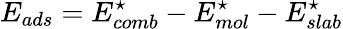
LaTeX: E_{ads}=E_{comb}^{\star}-E_{mol}^{\star}-E_{slab}^{\star}